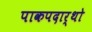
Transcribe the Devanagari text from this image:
पाकपदार्थो